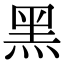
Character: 黑